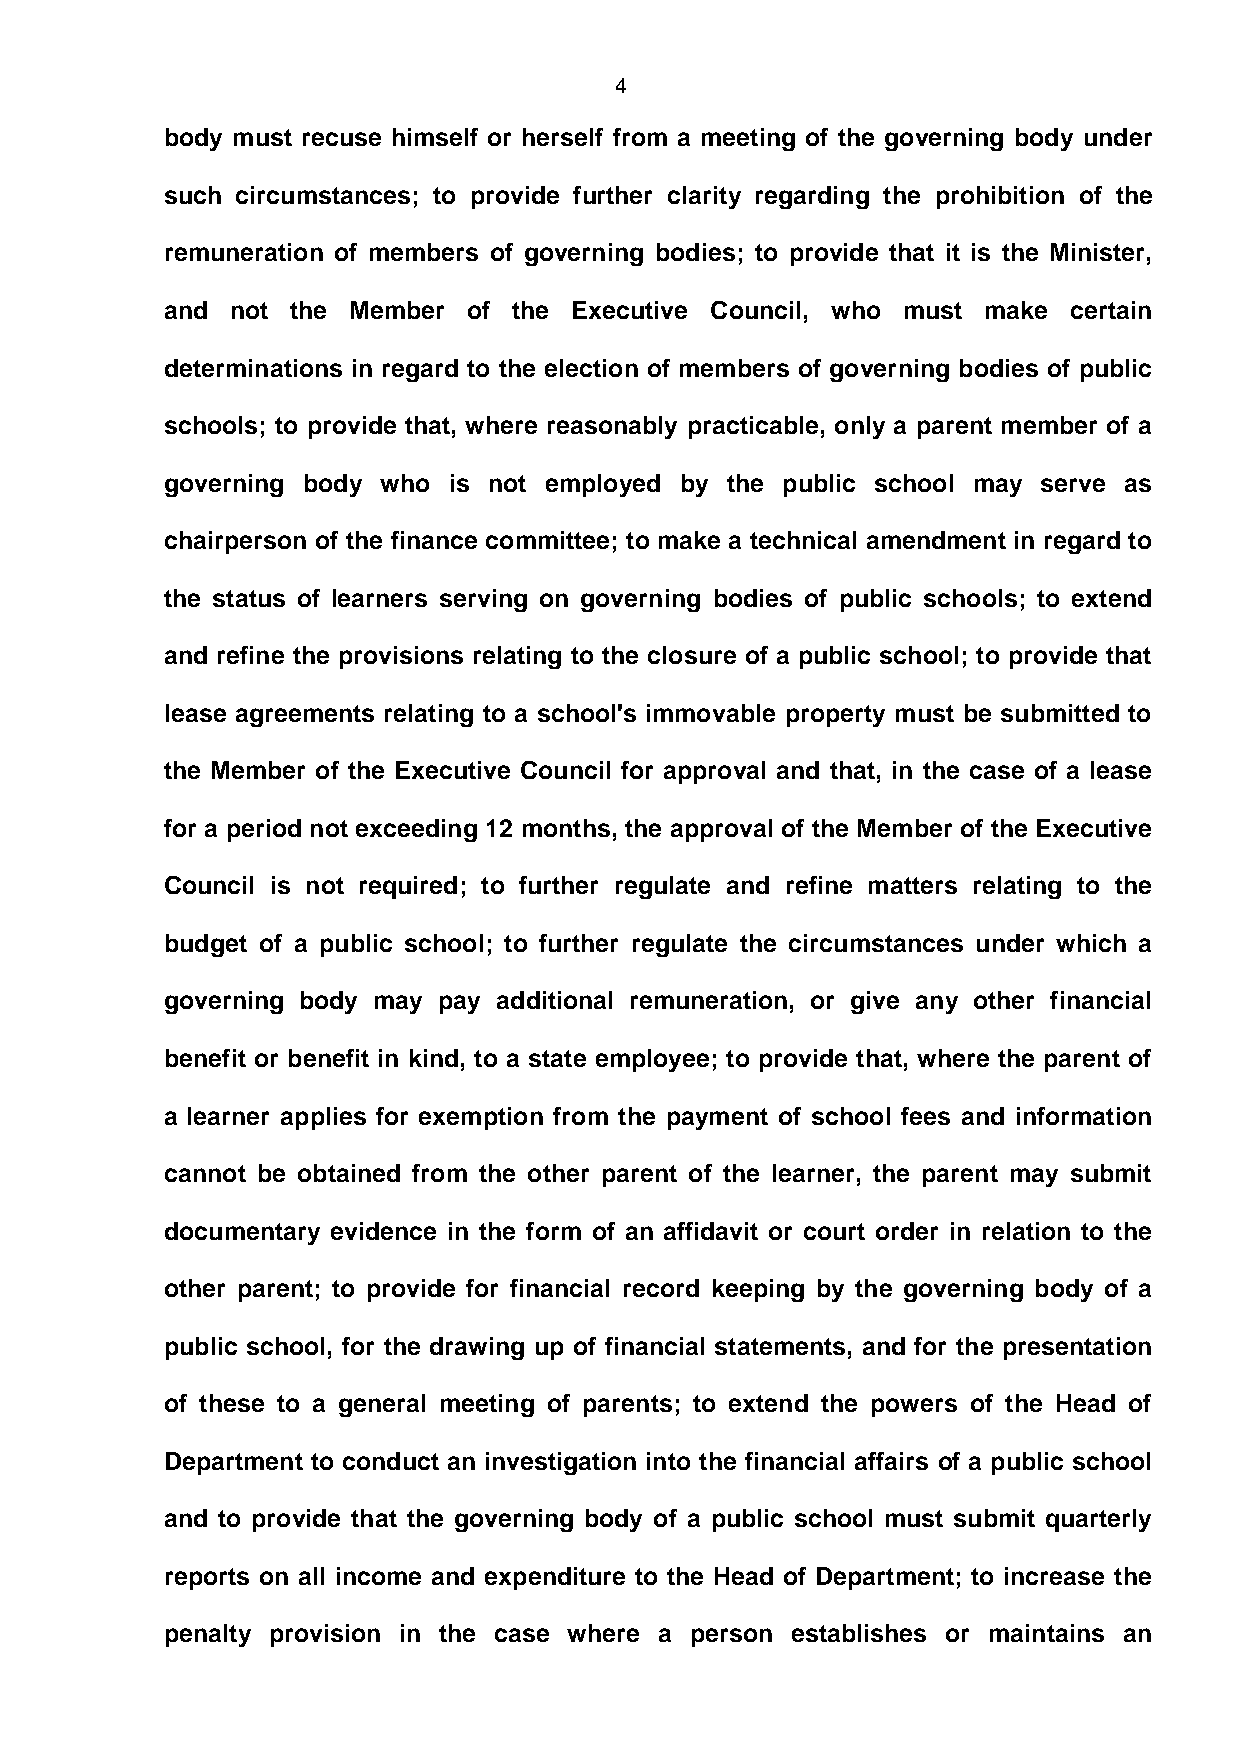
4
 body must recuse himself or herself from a meeting of the governing body under
 such circumstances; to provide further clarity regarding the prohibition of the
 remuneration of members of governing bodies; to provide that it is the Minister,
 and not the Member  of the Executive Council, who must make certain
 determinations in regard to the election of members of governing bodies of public
 schools; to provide that, where reasonably practicable, only a parent member of a
 governing body who is not employed by the public school may serve as
 chairperson of the finance committee; to make a technical amendment in regard to
 the status of learners serving on governing bodies of public schools; to extend
 and refine the provisions relating to the closure of a public school; to provide that
 lease agreements relating to a school's immovable property must be submitted to
 the Member of the Executive Council for approval and that, in the case of a lease
 for a period not exceeding 12 months, the approval of the Member of the Executive
 Council is not required; to further regulate and refine matters relating to the
 budget of a public school; to further regulate the circumstances under which a
 governing body may pay additional remuneration, or give any other financial
 benefit or benefit in kind, to a state employee; to provide that, where the parent of
 a learner applies for exemption from the payment of school fees and information
 cannot be obtained from the other parent of the learner, the parent may submit
 documentary evidence in the form of an affidavit or court order in relation to the
 other parent; to provide for financial record keeping by the governing body of a
 public school, for the drawing up of financial statements, and for the presentation
 of these to a general meeting of parents; to extend the powers of the Head of
 Department to conduct an investigation into the financial affairs of a public school
 and to provide that the governing body of a public school must submit quarterly
 reports on all income and expenditure to the Head of Department; to increase the
 penalty provision in the case where a person establishes or maintains an